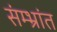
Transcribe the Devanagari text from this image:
संम्भ्रांत